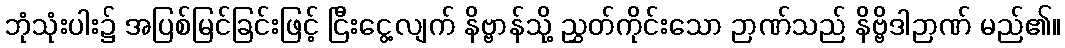
ဘုံသုံးပါး၌ အပြစ်မြင်ခြင်းဖြင့် ငြီးငွေ့လျက် နိဗ္ဗာန်သို့ ညွှတ်ကိုင်းသော ဉာဏ်သည် နိဗ္ဗိဒါဉာဏ် မည်၏။